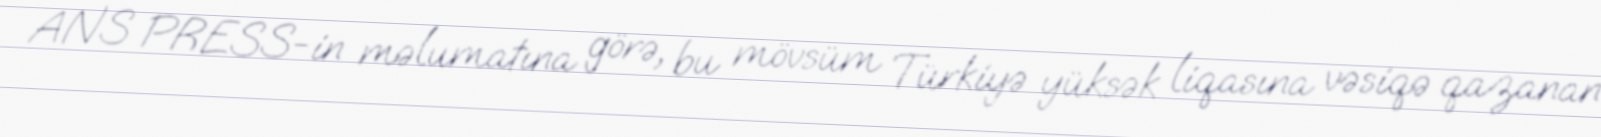
ANS PRESS-in məlumatına görə, bu mövsüm Türkiyə yüksək liqasına vəsiqə qazanan